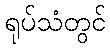
ရုပ်သံတွင်